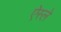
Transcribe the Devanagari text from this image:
ऐस्ले